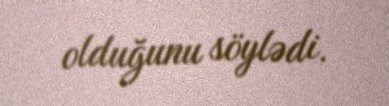
olduğunu söylədi.